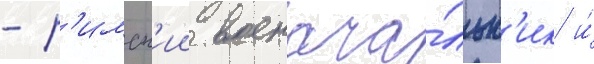
- р'имск'ии военача́льн'ик и́